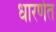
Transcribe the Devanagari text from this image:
धारणेत